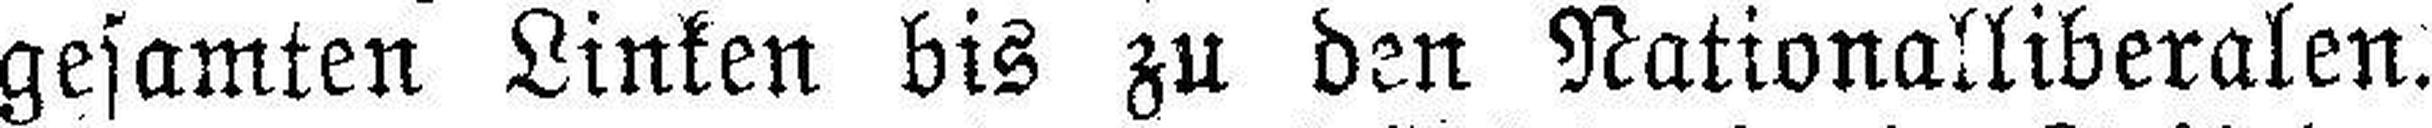
gesamten Linken bis zu den Nationalliberalen.